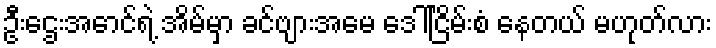
ဦးဌေးအောင်ရဲ့ အိမ်မှာ ခင်ဗျားအမေ ဒေါ်ငြိမ်းစံ နေတယ် မဟုတ်လား